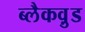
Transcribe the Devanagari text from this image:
ब्लैकव़ुड